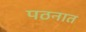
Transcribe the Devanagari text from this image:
पठनात